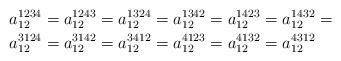
LaTeX: \begin{align*}a_{12}^{1234} & =a_{12}^{1243}=a_{12}^{1324}=a_{12}^{1342}=a_{12}^{1423}=a_{12}^{1432}=\\a_{12}^{3124} & =a_{12}^{3142}=a_{12}^{3412}=a_{12}^{4123}=a_{12}^{4132}=a_{12}^{4312}\end{align*}